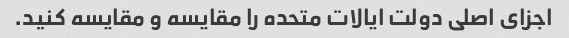
اجزای اصلی دولت ایالات متحده را مقایسه و مقایسه کنید.